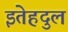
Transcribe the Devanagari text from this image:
इतेहदुल